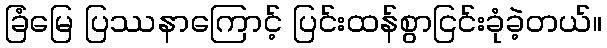
ခြံမြေ ပြဿနာကြောင့် ပြင်းထန်စွာငြင်းခုံခဲ့တယ်။